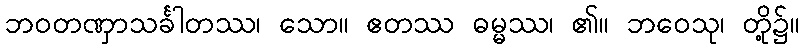
ဘဝတဏှာသင်္ခါတဿ၊ သော။ ဧတဿ ဓမ္မဿ၊ ၏။ ဘဝေသု၊ တို့၌။